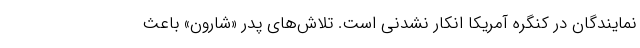
نمایندگان در کنگره آمریکا انکار نشدنی است. تلاش‌های پدر «شارون» باعث